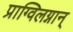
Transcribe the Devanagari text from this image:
प्राग्विलग्नान्